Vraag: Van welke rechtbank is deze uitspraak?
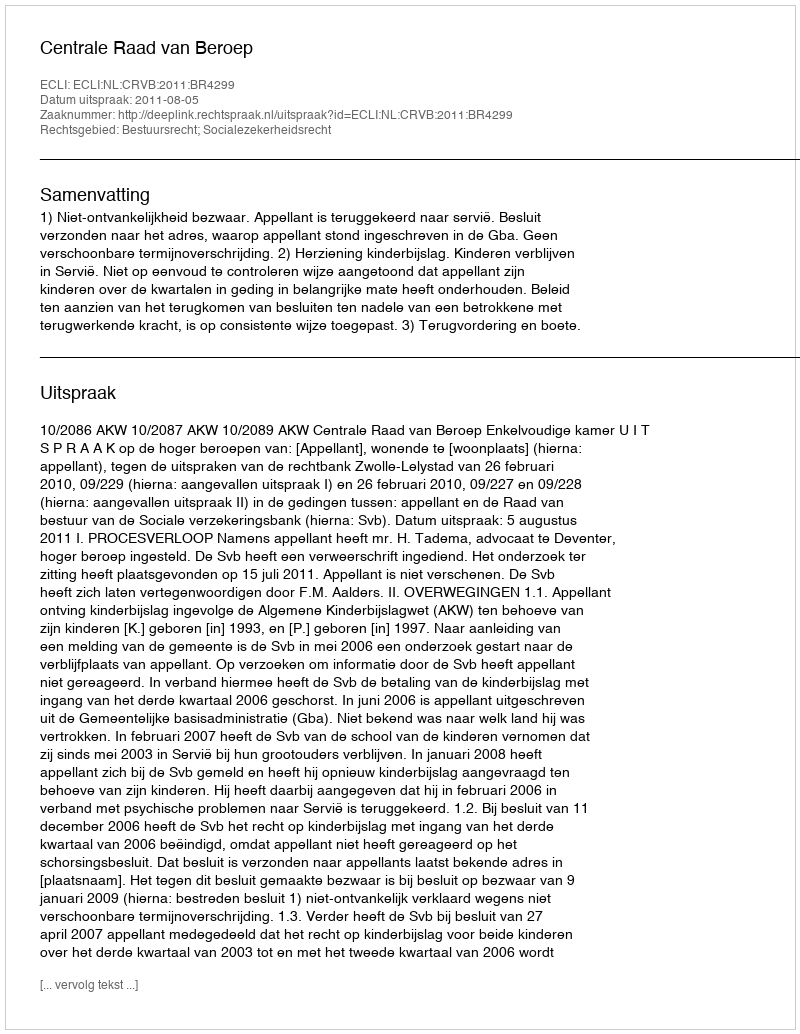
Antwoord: Centrale Raad van Beroep